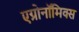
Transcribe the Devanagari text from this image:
एग्रोनॉमिक्स